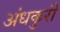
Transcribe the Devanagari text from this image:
अंधकुरी